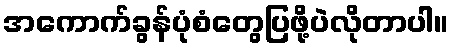
အကောက်ခွန်ပုံစံတွေပြဖို့ပဲလိုတာပါ။